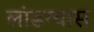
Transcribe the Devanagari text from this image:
लांडग्यास